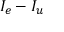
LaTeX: I _ { e } - I _ { u }